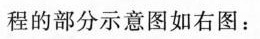
水生植物-程的部分示意图如右图：